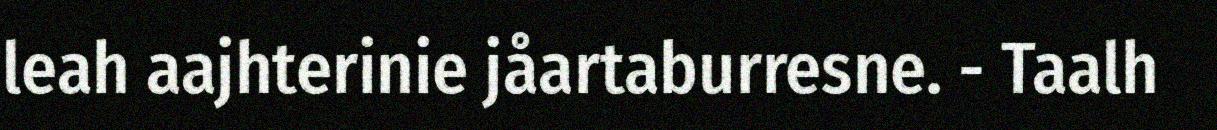
leah aajhterinie jåartaburresne. - Taalh